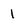
Character: 1